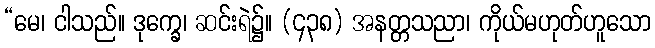
“မေ၊ ငါသည်။ ဒုက္ခေ၊ ဆင်းရဲ၌။ (၄၃၈) အနတ္တသညာ၊ ကိုယ်မဟုတ်ဟူသော